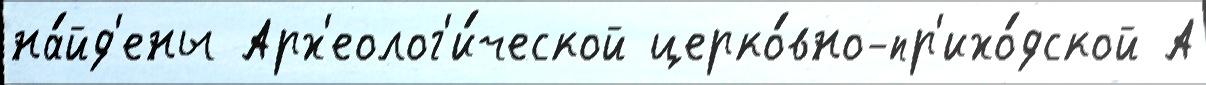
на́йд'ены Арх'еолог'и́ческой церко́вно-пр'ихо́дской А